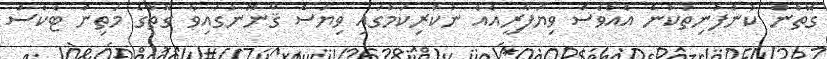
ގޮތުން ކުންފުނިތަކުން އެއްވެސް ވިޔަފާރީއެއް ނުކުރިކަމުގައި ވިޔަސް ޤާނޫނުގައިވާ ގޮތުގެ މަތިން ޓެކްސް